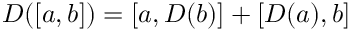
D ( [ a , b ] ) = [ a , D ( b ) ] + [ D ( a ) , b ]